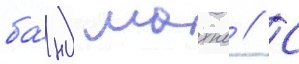
ба́нд махно // С